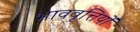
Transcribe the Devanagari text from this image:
भाववृत्तियों